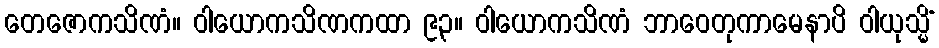
တေဇောကသိဏံ။ ဝါယောကသိဏကထာ ၉၃။ ဝါယောကသိဏံ ဘာဝေတုကာမေနာပိ ဝါယုသ္မိံ